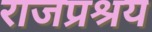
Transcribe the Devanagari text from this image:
राजप्रश्रय